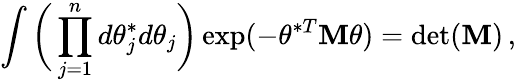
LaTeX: \int\bigg(\prod_{j=1}^{n}d\theta_{j}^{*}d\theta_{j}\bigg)\exp(-\theta^{*T}\mathbf{M}\theta)=\operatorname*{det}(\mathbf{M})\, ,